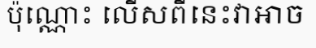
ប៉ុណ្ណោះ លើសពីនេះវាអាច